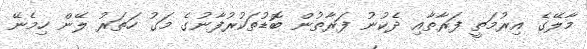
މާލޭގެ އިރުމަތީ ފަރާތާއި ދެކުނު ފަރާތުން ބޮޑުތަކުރުފާނުގެ މަގު ހަތަރު ލޭން ހިމެނޭ